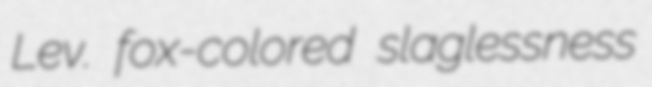
Lev. fox-colored slaglessness